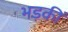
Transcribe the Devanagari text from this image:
भड़कीं